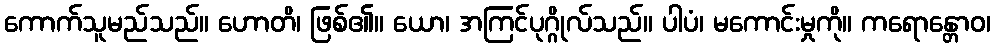
ကောက်သူမည်သည်။ ဟောတိ၊ ဖြစ်၏။ ယော၊ အကြင်ပုဂ္ဂိုလ်သည်။ ပါပံ၊ မကောင်းမှုကို။ ကရောန္တောဝ၊